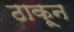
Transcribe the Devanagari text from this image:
ठाकून